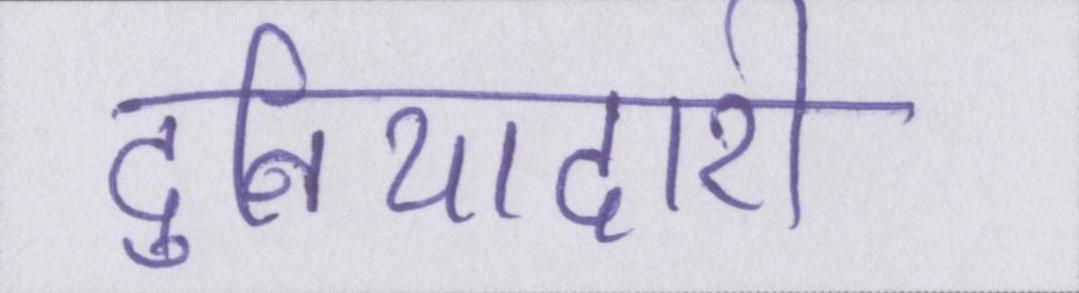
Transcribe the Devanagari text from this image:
दुनियादारी